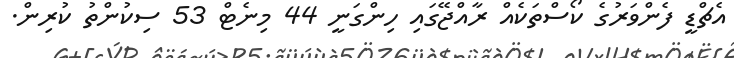
އެޗްޑީ ފެންވަރުގެ ކޯސްތަކެއް ރާއްޖޭގައި ހިންގަނީ 44 މިނެޓް 53 ސިކުންތު ކުރިން.